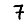
Digit: 7